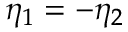
\eta _ { 1 } = - \eta _ { 2 }